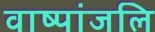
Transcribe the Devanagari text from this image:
वाष्पांजलि